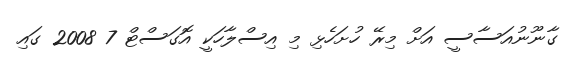
ގާނޫނުއަސާސީ އަށް މިރޭ ހުށަހެޅި މި އިސްލާހަކީ އޮގަސްޓް 7 2008 ގައި